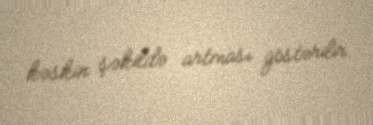
kəskin şəkildə artması göstərilir.